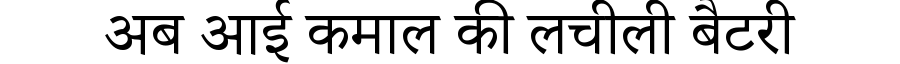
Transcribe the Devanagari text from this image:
अब आई कमाल की लचीली बैटरी